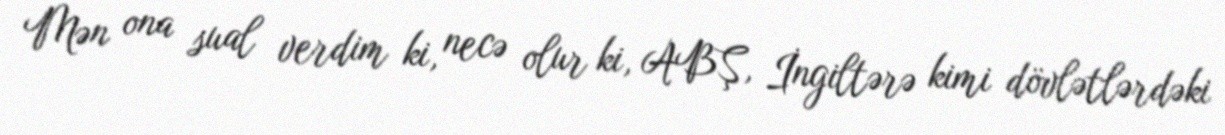
Mən ona sual verdim ki, necə olur ki, ABŞ, İngiltərə kimi dövlətlərdəki